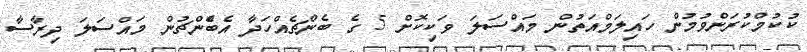
ކުކުމްކުރަންވުމުން ހައިލަމްއަތުން މައްސަލަ ވަކިކޮށް 5 ގެ ބެންޗެއްހަދާ އެބްެންޗުން މައްސަލަ ދިރާސާ